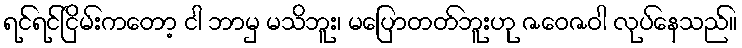
ရင်ရင်ငြိမ်းကတော့ ငါ ဘာမှ မသိဘူး၊ မပြောတတ်ဘူးဟု ဇဝေဇဝါ လုပ်နေသည်။